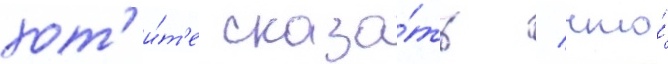
хот'и́т'е сказа́ть / что́